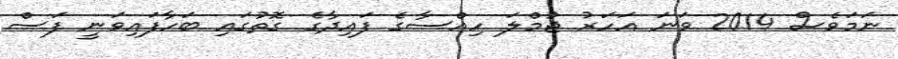
ނަމަވެސް 2014 ވަނަ އަހަރު ޖުމްލަ ހިއްސާގެ ފައިދާގެ ގޮތުގައި ބަހާފައިވަނީ ފަސް